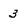
Character: 3